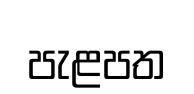
පැළපත